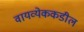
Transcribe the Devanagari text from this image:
वायव्येककडील